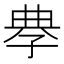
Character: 𡥳